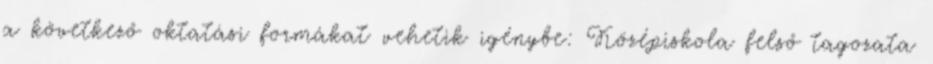
a következő oktatási formákat vehetik igénybe: Középiskola felső tagozata